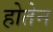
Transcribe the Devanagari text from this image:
होतेन